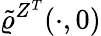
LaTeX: \tilde{\varrho}^{Z^{T}}(\cdot,0)